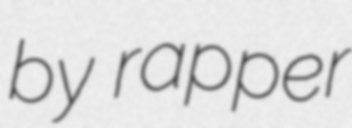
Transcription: by rapper